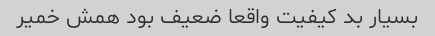
بسیار بد کیفیت واقعا ضعیف بود همش خمیر